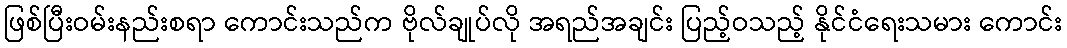
ဖြစ်ပြီးဝမ်းနည်းစရာ ကောင်းသည်က ဗိုလ်ချုပ်လို အရည်အချင်း ပြည့်ဝသည့် နိုင်ငံရေးသမား ကောင်း